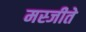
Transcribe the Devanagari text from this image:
मस्जीते